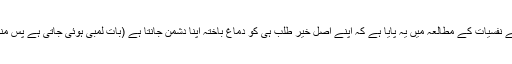
وہ مجھے پاگل سمجھتی ہے اور میں نے نفسیات کے مطالعہ میں یہ پایا ہے کہ اپنے اصل خیر طلب ہی کو دماغ باختہ اپنا دشمن جانتا ہے (بات لمبی ہوئی جاتی ہے پس منظر ضروری سے بھی کم لکھ دیا ہے)۔